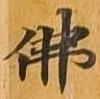
仏